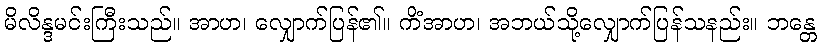
မိလိန္ဒမင်းကြီးသည်။ အာဟ၊ လျှောက်ပြန်၏။ ကိံအာဟ၊ အဘယ်သို့လျှောက်ပြန်သနည်း။ ဘန္တေ